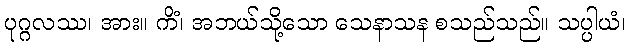
ပုဂ္ဂလဿ၊ အား။ ကိံ၊ အဘယ်သို့သော သေနာသန စသည်သည်။ သပ္ပါယံ၊